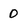
Character: D